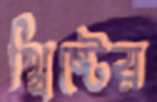
খ্রিষ্টের